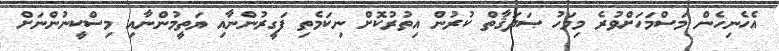
އެހެނިހެން މަސްމަހަށްވުރެ މިމަހު ޞަދަޤާތް ކުރުން އިތުރުކޮށް ނިކަމެތި ފަގީރުންނާއި ޔަތީމުންނާއި މިސްކީނުންނަށް